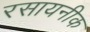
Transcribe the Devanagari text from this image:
रसायनीक